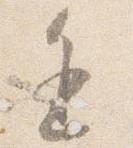
進